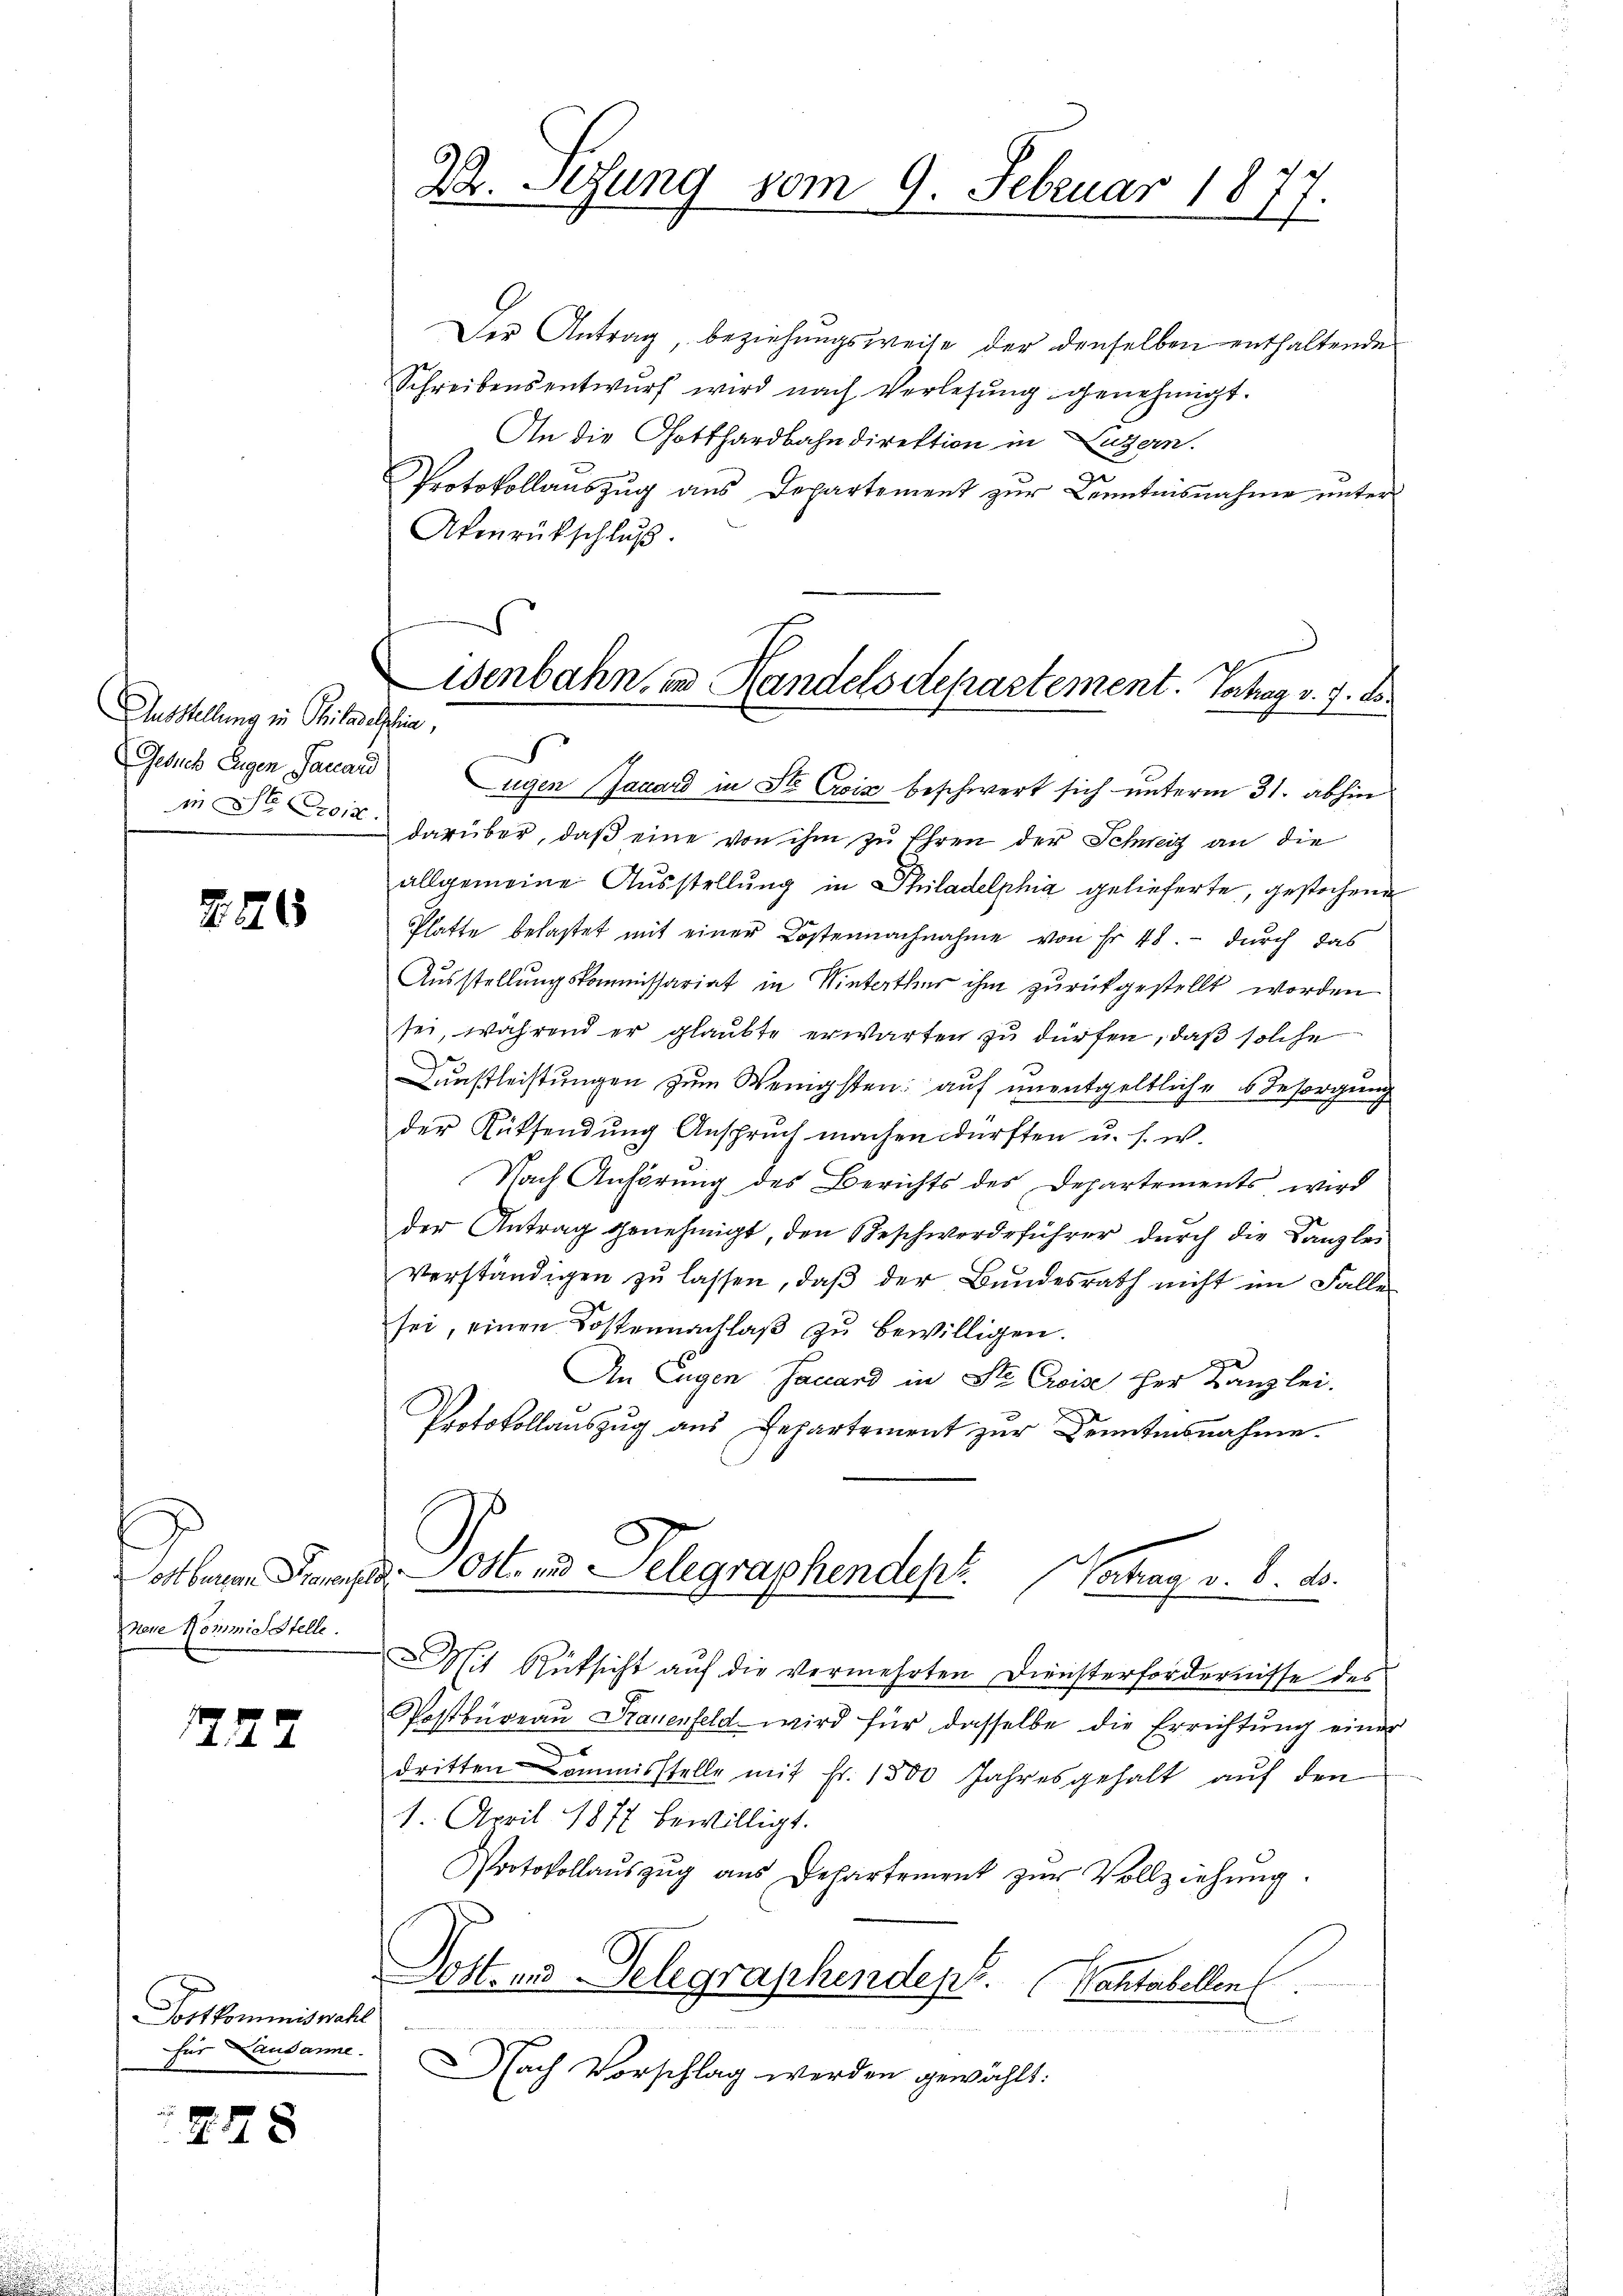
Ausstellung in Philadelphin,
Gesuch Eigen Pauard

226

Tott beren Praner
nene Kommis Stelle.

1227

Postkommiswah
für Lausanne.

278

22. Sezung vom 9. Februar 1877.

wenbahn, in Handelsdepartement. Vortrag v. 9. d.

Der Antrag, beziehungsweise der denselben enthaltender
Schreibensentwŭrf wird nach Verlesung genehmigt.
An die Gotthardbahndirektion in Luzern.
Protokollauszug aus Departement zur Kenntnisnahme unter
Akenrückschluß.
S
ugen Jacard in St. Crois beschwert sich unterm 31. abhin
in Dr. darüber, daβ eine von ihm zu Ehren der Schweiz an die
allgemeine Ausstellung in Philadelphia gelieferte, gestochene
Platte belastet mit einer Kostennachnahme von Fr. 48. - durch das
Ausstellungskommissariat in Winterthur ihm zurückgestellt worden
sei, während er glaubte erwarten zu dürfen, daß solche
Dunstleistungen zum Wenigsten; auf unentgeltliche 6 Besorgung
der Rüksendung Anspruch machen dürften u. s. w.
Nach Anhörung des Berichts des Departements wird
der Antrag genehmigt, den Beschwerdeführer durch die Kanzlei
verständigen zŭ lassen, daβ der Bundesrath nicht im Falle
sei, einen Kostennachlaβ zŭ bewilligen.
An Eugen Jauard in Ste Croise her Kanzlei-
Protokollaŭszŭg ans Departement zŭr Kenntesnahme.
Postens Telegraphendept. Betrag d. d. d.
Mit Rüksicht aŭf die vermehrten Diensterfordernisse des
Postbüreau Frauenfeld wird für dasselbe die Errichtung einer
dritten Commisstelle mit Fr. 1500 Jahresgehalt aŭf den
1. April 1877 bewilligt.
Protokollaŭszŭg aŭs Departement zŭr Vollziehŭng.
Post- und Gelegraphendept. Bastabellen.

Nach Vorschlag werden gewählt: